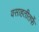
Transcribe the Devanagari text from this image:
वसाहतीतर्फे